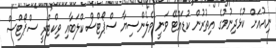
ނިއުއަށް ކުޅެދިނުމުގެ އިތުރުން ކުޑައްޓޭ ވަނީ ވެލެންސިޔާ ސްޕޯޓްސް ކްލަބާއި ވިކްޓްރީ ސްޕޯޓްސް